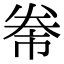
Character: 𭑖